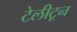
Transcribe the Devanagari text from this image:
टेलीटून